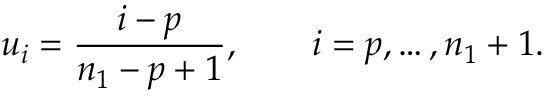
u _ { i } = \frac { i - p } { n _ { 1 } - p + 1 } , \qquad i = p , \ldots , n _ { 1 } + 1 .